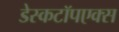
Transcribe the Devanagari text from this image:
डेस्कटॉपएक्स